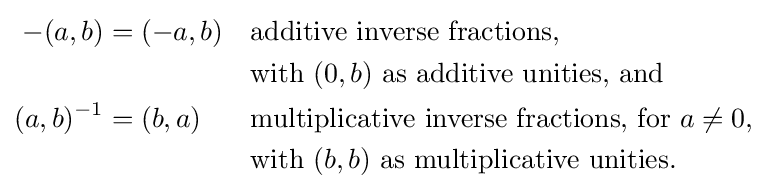
{\begin{aligned}-(a,b)&=(-a,b)&&{\text{additive inverse fractions,}}\\&&&{\text{with }}(0,b){\text{ as additive unities, and}}\\(a,b)^{-1}&=(b,a)&&{\text{multiplicative inverse fractions, for }}a\neq 0,\\&&&{\text{with }}(b,b){\text{ as multiplicative unities}}.\end{aligned}}